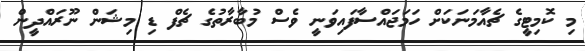
މި ކޮމިޓީގެ ޗެއާމަނަކަށް ހަމަޖައްސާފައިވަނީ ވެސް މުބާރާތުގެ ޗެފް ޑި މިޝަން ނޫރައްދީން